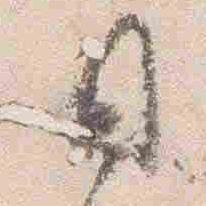
日